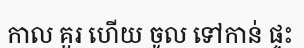
កាល គួរ ហើយ ចូល ទៅកាន់ ផ្ទះ